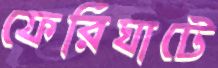
ফেরিঘাটে